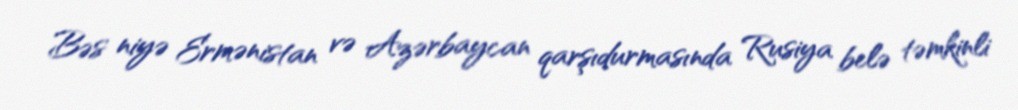
Bəs niyə Ermənistan və Azərbaycan qarşıdurmasında Rusiya belə təmkinli